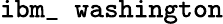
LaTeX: \texttt{ibm\_ washington}